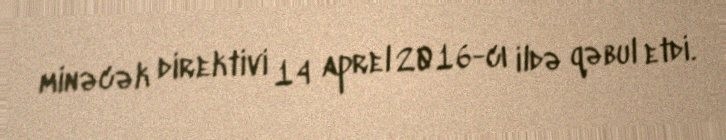
minəcək direktivi 14 aprel 2016-cı ildə qəbul etdi.